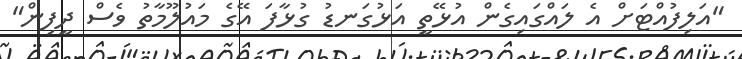
"އަލިފުއްޓަށް އެ ލައްގައިގެން އުޅޭތީ އަޅުގަނޑު ގުޅާފަ އޭގެ މައުލޫމާތު ވެސް ދީފިން"